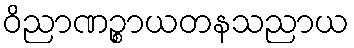
ဝိညာဏဉ္စာယတနသညာယ